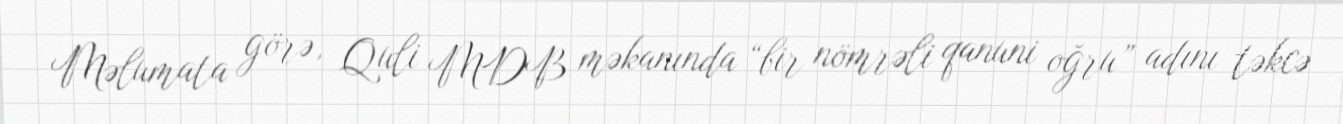
Məlumata görə, Quli MDB məkanında “bir nömrəli qanuni oğru” adını təkcə